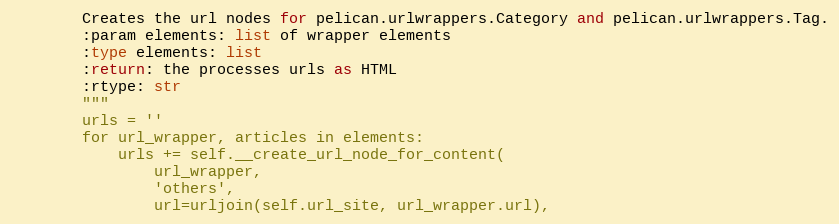
Language: Python
        Creates the url nodes for pelican.urlwrappers.Category and pelican.urlwrappers.Tag.
        :param elements: list of wrapper elements
        :type elements: list
        :return: the processes urls as HTML
        :rtype: str
        """
        urls = ''
        for url_wrapper, articles in elements:
            urls += self.__create_url_node_for_content(
                url_wrapper,
                'others',
                url=urljoin(self.url_site, url_wrapper.url),